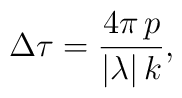
\Delta \tau=\frac{4\pi\,p}{|\lambda|\, k},